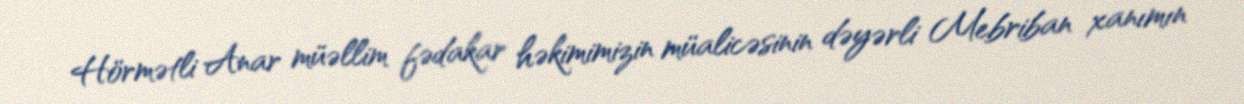
Hörmətli Anar müəllim fədakar həkimimizin müalicəsinin dəyərli Mebriban xanımın